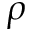
\rho